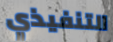
التنفيذي